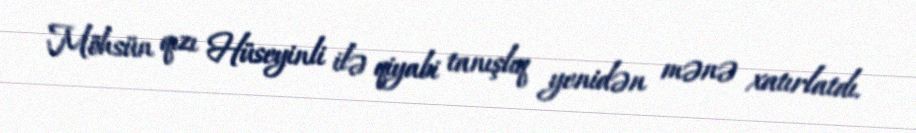
Möhsün qızı Hüseyinli ilə qiyabi tanışlıq yenidən mənə xatırlatdı.